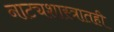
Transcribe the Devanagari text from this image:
नाट्यशास्त्रातही